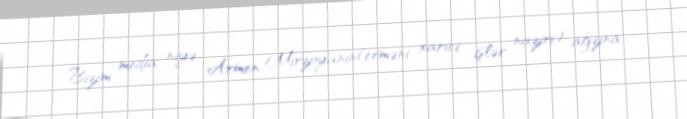
Bizim media niyə Armen Mirzoyanın(erməni xarici işlər naziri) ağzına